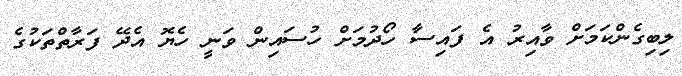
ލިބިގެންކަމަށް ވާއިރު އެ ފައިސާ ހޯދުމަށް ހުސައިން ވަނީ ހެޔޮ އެދޭ ފަރާތްތަކުގެ